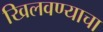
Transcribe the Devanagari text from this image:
खिलवण्याचा